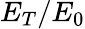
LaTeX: E_{T}/E_{0}